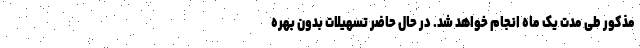
مذکور طی مدت یک ماه انجام خواهد شد. در حال حاضر تسهیلات بدون بهره